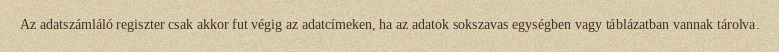
Az adatszámláló regiszter csak akkor fut végig az adatcímeken, ha az adatok sokszavas egységben vagy táblázatban vannak tárolva.